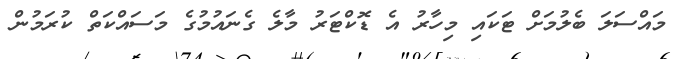
މައްސަލަ ބެލުމަށް ޓަކައި މިހާރު އެ ޑޮކްޓަރު މާލެ ގެނައުމުގެ މަސައްކަތް ކުރަމުން